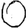
Digit: 0